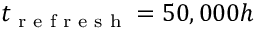
t _ { \textrm { r e f r e s h } } = 5 0 , 0 0 0 h